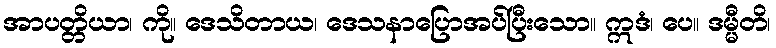
အာပတ္တိယာ၊ ကို။ ဒေသိတာယ၊ ဒေသနာပြောအပ်ပြီးသော။ ဣဒံ၊ ပေ။ ဒမ္မီတိ၊